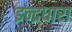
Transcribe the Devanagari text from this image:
इन्द्रधारा